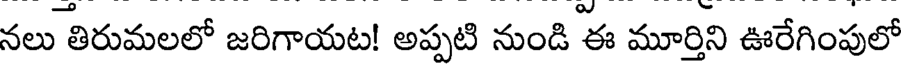
నలు తిరుమలలో జరిగాయట! అప్పటి నుండి ఈ మూర్తిని ఊరేగింపులో